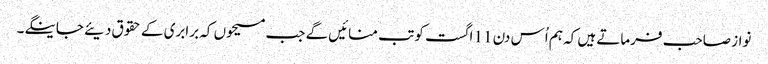
نواز صاحب فرماتے ہیں کہ ہم اُس دن 11 اگست کو تب منائیں گے جب مسیحوں کہ برابری کے حقوق دیئے جاینگے۔